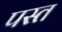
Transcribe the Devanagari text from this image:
पस्‍त